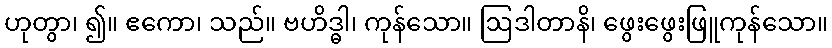
ဟုတွာ၊ ၍။ ဧကော၊ သည်။ ဗဟိဒ္ဓါ၊ ကုန်သော။ ဩဒါတာနိ၊ ဖွေးဖွေးဖြူကုန်သော။